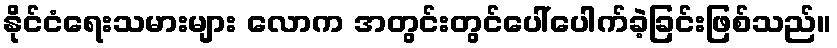
နိုင်ငံရေးသမားများ လောက အတွင်းတွင်ပေါ်ပေါက်ခဲ့ခြင်းဖြစ်သည်။